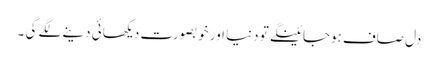
دل صاف ہوجائینگے تو دنیا اور خوبصورت دیکھائی دینے لگے گی ۔